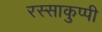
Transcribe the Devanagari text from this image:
रस्साकुप्पी